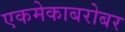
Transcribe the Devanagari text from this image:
एकमेकाबरोबर